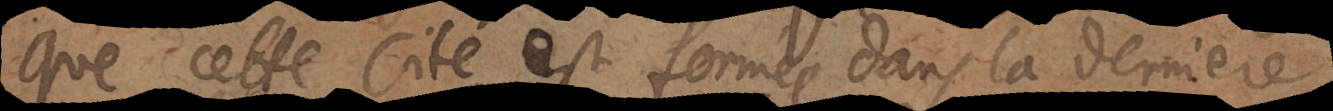
que cette cité est formée dans la derniere